Veterinary [1909] -
Year: 1909
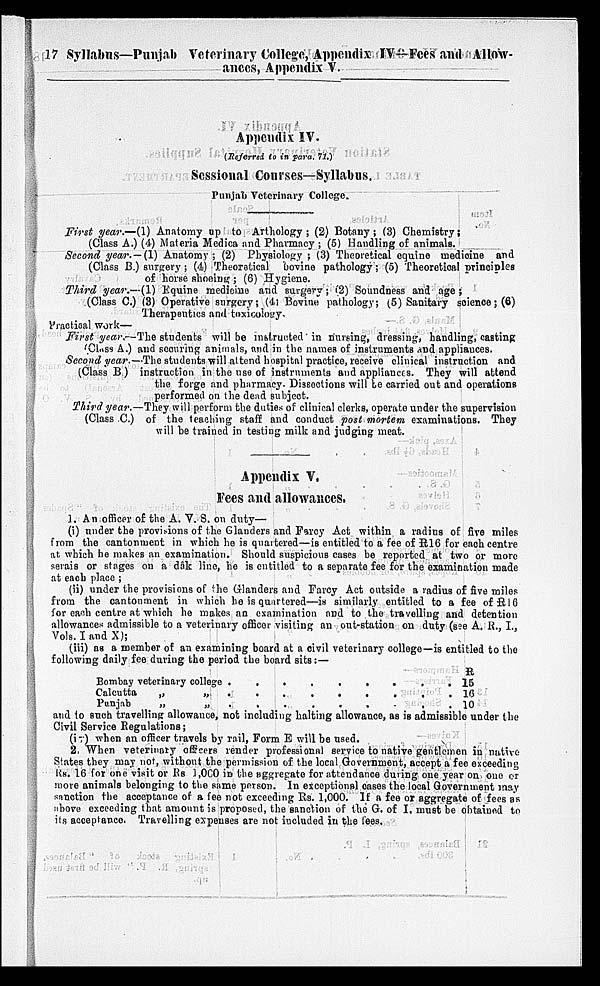
17 Syllabus—Punjab Veterinary College, Appendix IV—Fees and Allow-
ances, Appendix V.
Appendix IV.
(Referred to in para. 71.)
Sessional Courses—Syllabus.
Punjab Veterinary College.
First year.—(1) Anatomy up to Arthology ; (2) Botany; (3) Chemistry;
(Class A.) (4) Materia Medica and Pharmacy ; (5) Handling of animals.
Second year.-(1)
Anatomy; (2) Physiology ; (3) Theoretical equine medicine and
(Class B.) surgery ; (4) Theoretical bovine pathology; (5) Theoretical principles
of horse shoeing; (6) Hygiene.
Third year.—(1) Equine medicine and surgery; (2) Soundness and age ;
(Class C.) (3) Operative surgery; (4) Bovine pathology; (5) Sanitary science; (6)
Therapeutics and toxicology.
Practical work—
First year.—The students will be instructed in nursing, dressing, handling, casting
(Class A.) and securing animals, and in the names of instruments and appliances.
Second year.—The students will attend hospital practice, receive clinical instruction and
(Class B ) instruction in the use of instruments and appliances. They will attend
the forge and pharmacy- Dissections will be carried out and operations
performed on the dead subject.
Third year.—They will perform the duties of clinical clerks, operate under the supervision
(Class C.) of the teaching staff and conduct post mortem examinations. They
will be trained in testing milk and judging meat.
Appendix V.
Fees and allowances.
1. An officer of the A. V. S. on duty—
(i) under the provisions of the Glanders and Farcy Act within a radius of five miles
from the cantonment in which he is quartered—is entitled to a fee of R16 for each centre
at which he makes an examination. Should suspicious cases be reported at two or more
serais or stages on a dâk line, he is entitled to a separate fee for the examination made
at each place ;
(ii) under the provisions of the Glanders and Farcy Act outside a radius of five miles
from the cantonment in which he is quartered—is similarly entitled to a fee of R16
for each centre at which he makes an examination and to the travelling and detention
allowances admissible to a veterinary officer visiting an out-station on duty (see A. R., I.,
Vols. I and X);
(iii) as a member of an examining board at a civil veterinary college—is entitled to the
following daily fee during the period the board sits:—
Bombay veterinary college .
Calcutta
„
„
.
Punjab
„
„ .
.
.
.
.
.
.
.
.
.
.
.
.
.
.
.
.
.
.
.
.
.
.
.
.
R
15
16
10
and to such travelling allowance, not including halting allowance, as is admissible under the
Civil Service Regulations;
(iv) when an officer travels by rail, Form E will be used.
2. When veterinary officers render professional service to native gentlemen in native
States they may not, without the permission of the local Government, accept a fee exceeding
Rs. 16 for one visit or Rs 1,000 in the aggregate for attendance during one year on one or
more animals belonging to the same person. In exceptional oases the local Government may
sanction the acceptance of a fee not exceeding Rs. 1,000. If a fee or aggregate of fees as
above exceeding that amount is proposed, the sanction of the G. of I. must be obtained to
its acceptance. Travelling expenses are not included in the fees.